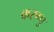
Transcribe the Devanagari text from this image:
करुप्पु